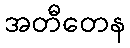
အတီတေန